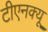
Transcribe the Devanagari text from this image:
टीएनक्यू